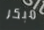
مبكر